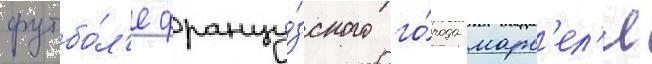
футбо́л'е францу́зского го́рода марс'ел'я